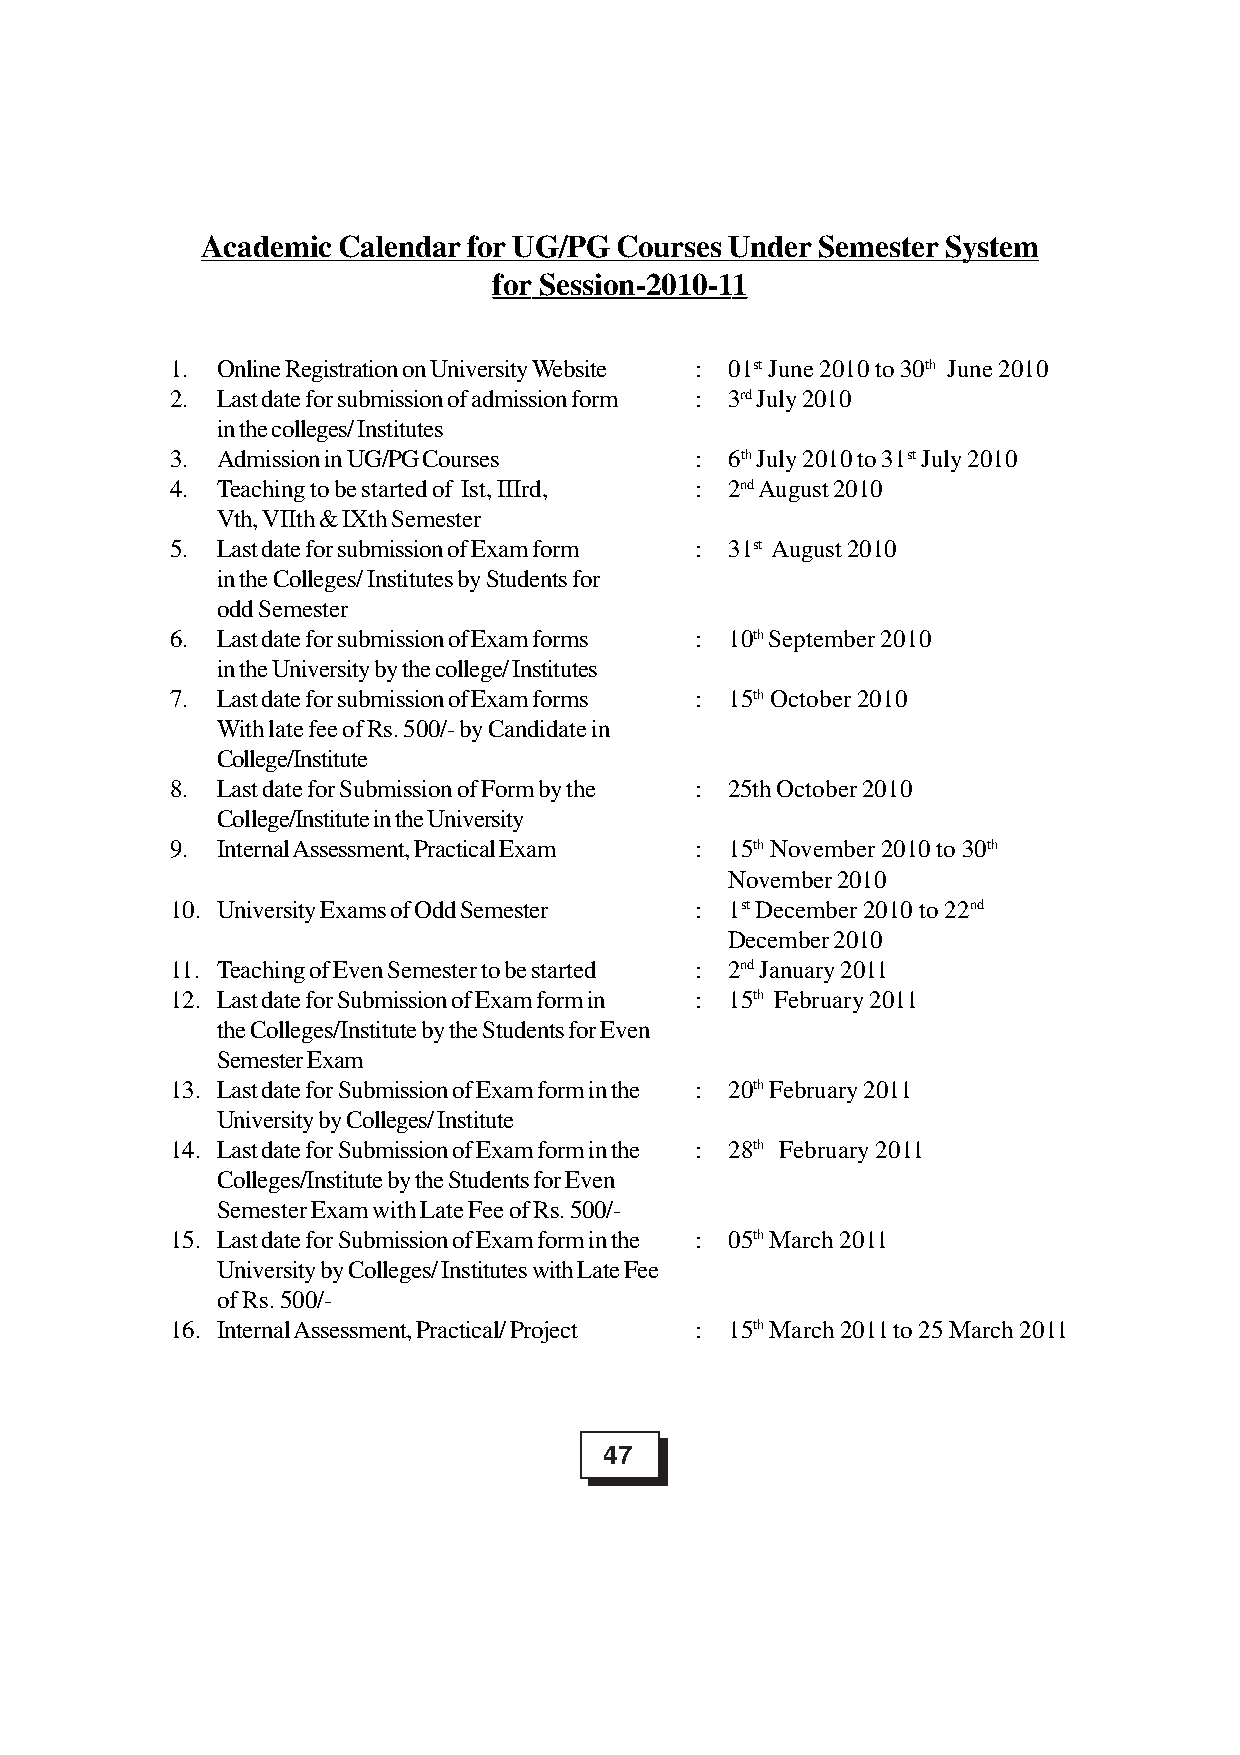
Academic Calendar for UG/PG Courses Under Semester System
 for Session-2010-11
 1. Online Registration on University Website : 01st June 2010 to 30th June 2010
 2. Last date for submission of admission form : 3rd July 2010
 in the colleges/ Institutes
 3. Admission in UG/PG Courses      : 6th July 2010 to 31st July 2010
 4. Teaching to be started of Ist, IIIrd, : 2nd August 2010
 Vth, VIIth & IXth Semester
 5. Last date for submission of Exam form : 31st August 2010
 in the Colleges/ Institutes by Students for
 odd Semester
 6. Last date for submission of Exam forms : 10th September 2010
 in the University by the college/ Institutes
 7. Last date for submission of Exam forms : 15th October 2010
 With late fee of Rs. 500/- by Candidate in
 College/Institute
 8. Last date for Submission of Form by the : 25th October 2010
 College/Institute in the University
 9. Internal Assessment, Practical Exam : 15th November 2010 to 30th
 November 2010
 10. University Exams of Odd Semester : 1st December 2010 to 22nd
 December 2010
 11. Teaching of Even Semester to be started : 2nd January 2011
 12. Last date for Submission of Exam form in : 15th February 2011
 the Colleges/Institute by the Students for Even
 Semester Exam
 13. Last date for Submission of Exam form in the : 20th February 2011
 University by Colleges/ Institute
 14. Last date for Submission of Exam form in the : 28th February 2011
 Colleges/Institute by the Students for Even
 Semester Exam with Late Fee of Rs. 500/-
 15. Last date for Submission of Exam form in the : 05th March 2011
 University by Colleges/ Institutes with Late Fee
 of Rs. 500/-
 16. Internal Assessment, Practical/ Project : 15th March 2011 to 25 March 2011
 47